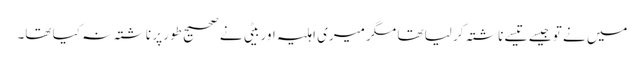
میں نے تو جیسے تیسے ناشتہ کر لیا تھا مگر میری اہلیہ اور بیٹی نے صحیح طور پر ناشتہ نہ کیا تھا۔